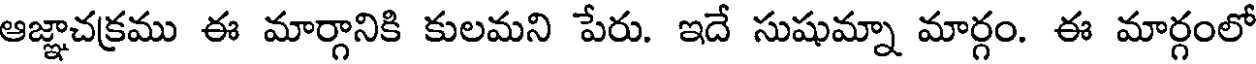
ఆజ్ఞాచక్రము ఈ మార్గానికి కులమని పేరు. ఇదే సుషుమ్నా మార్గం. ఈ మార్గంలో